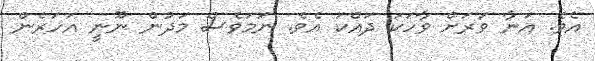
އެވެ. އަނާ ވަރަށް ވާހަކަ ދައްކަ އެވެ. ނަމަވެސް މަދުން ނޫނީ އަހަރެން